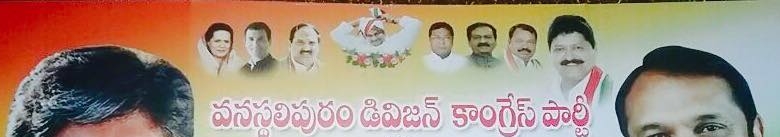
Language: telugu
Transcription: వనస్థలిపురం డివిజన్ కాంగ్రేస్ పార్టీ